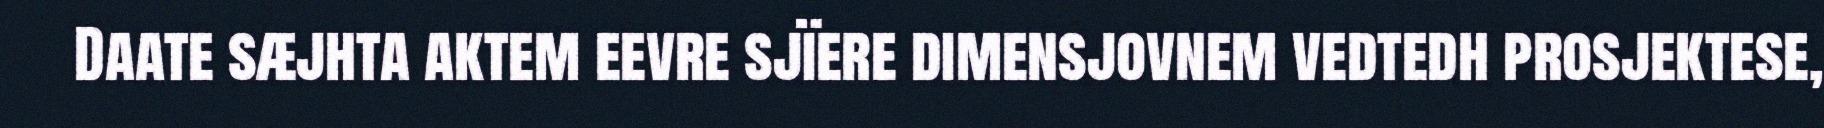
Daate sæjhta aktem eevre sjïere dimensjovnem vedtedh prosjektese,